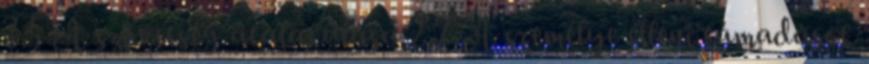
2.5 A szövetség átalakulása 2.7 A személye elleni támadások